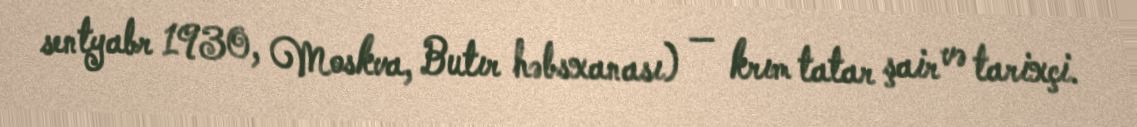
sentyabr 1930, Moskva, Butır həbsxanası) — krım tatar şair və tarixçi.